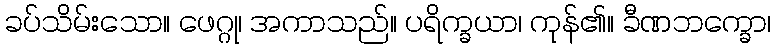
ခပ်သိမ်းသော။ ဖေဂ္ဂု၊ အကာသည်။ ပရိက္ခယာ၊ ကုန်၏။ ခီဏဘက္ခော၊